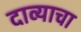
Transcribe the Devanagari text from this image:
दाव्याचा